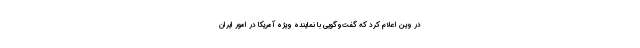
در وین اعلام کرد که گفت‌وگویی با نماینده ویژه آمریکا در امور ایران